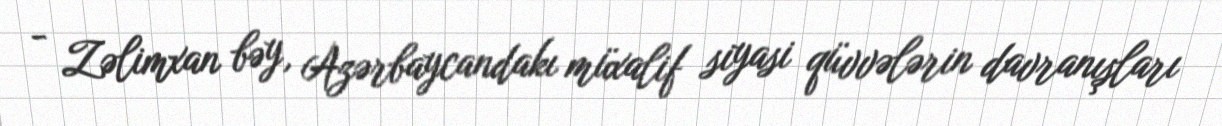
- Zəlimxan bəy, Azərbaycandakı müxalif siyasi qüvvələrin davranışları